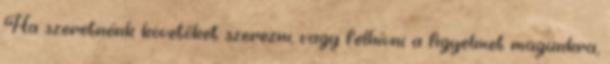
Ha szeretnénk követőket szerezni, vagy felhívni a ﬁgyelmet magunkra,